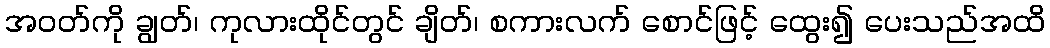
အဝတ်ကို ချွတ်၊ ကုလားထိုင်တွင် ချိတ်၊ စကားလက် စောင်ဖြင့် ထွေး၍ ပေးသည်အထိ